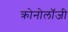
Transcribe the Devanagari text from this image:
क्रोनोलॉजी